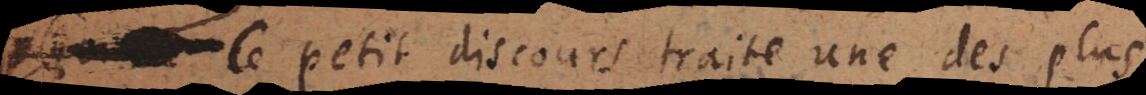
petit discours traite une des plus